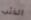
الذئب